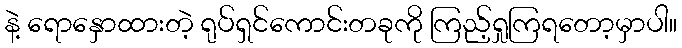
နဲ့ ရောနှောထားတဲ့ ရုပ်ရှင်ကောင်းတခုကို ကြည့်ရှုကြရတော့မှာပါ။